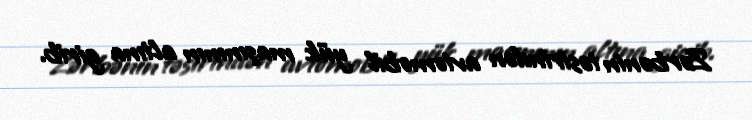
Zərbənin təsirindən avtomobil yük maşınının altına girib.